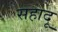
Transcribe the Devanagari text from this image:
सहादू